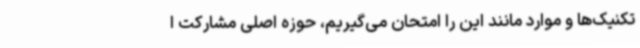
تکنیک‌ها و موارد مانند این را امتحان می‌گیریم، حوزه اصلی مشارکت ا